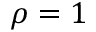
\rho = 1